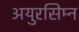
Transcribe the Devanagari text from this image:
अयुरसिम्न